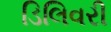
ડિલિવરી